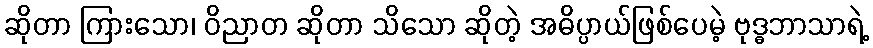
ဆိုတာ ကြားသော၊ ဝိညာတ ဆိုတာ သိသော ဆိုတဲ့ အဓိပ္ပာယ်ဖြစ်ပေမဲ့ ဗုဒ္ဓဘာသာရဲ့